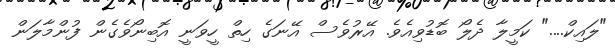
"ލައިކް...." ކަމީލާ ދެލޯ ބޮޑުވިއެވެ. އޭރުވެސް އޭނަގެ ހިތް ހީވަނީ އޮބިނޯވެގެން ފުންމާލަން